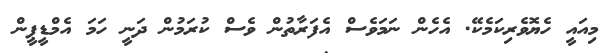
މިއައީ ހެޔޮވެރިކަމެކޭ. އެހެން ނަމަވެސް އެފަރާތުން ވެސް ކުރަމުން ދަނީ ހަމަ އެމްޑީޕީން